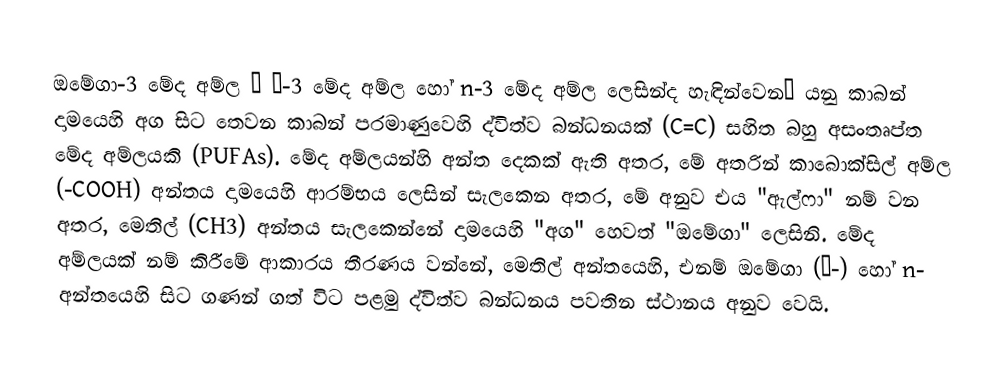
ඔමේගා-3 මේද අම්ල — ω-3 මේද අම්ල හෝ  n-3 මේද අම්ල ලෙසින්ද හැඳින්වෙන— යනු  කාබන් දාමයෙහි අග සිට තෙවන කාබන් පරමාණුවෙහි ද්විත්ව බන්ධනයක් (C=C) සහිත බහු අසංතෘප්ත මේද අම්ලයකි (PUFAs).  මේද අම්ලයන්හි අන්ත දෙකක් ඇති අතර, මේ අතරින් කාබොක්සිල් අම්ල (-COOH) අන්තය දාමයෙහි ආරම්භය ලෙසින් සැලකෙන අතර, මේ අනුව එය  "ඇල්ෆා" නම් වන අතර, මෙතිල් (CH3) අන්තය සැලකෙන්නේ දාමයෙහි "අග" හෙවත් "ඔමේගා" ලෙසිනි. මේද අම්ලයක් නම් කිරීමේ ආකාරය තීරණය වන්නේ,  මෙතිල් අන්තයෙහි, එනම් ඔමේගා (ω-) හෝ n- අන්තයෙහි සිට ගණන් ගත් විට පළමු ද්විත්ව බන්ධනය පවතින ස්ථානය අනුව වෙයි.